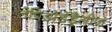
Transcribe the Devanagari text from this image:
लेपिडोडेंड्रैलीज